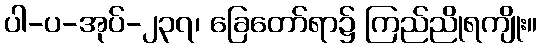
ပါ-ပ-အုပ်-၂၃၇၊ ခြေတော်ရာ၌ ကြည်ညိုရကျိုး။